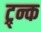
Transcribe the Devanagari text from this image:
ट्र्न्क